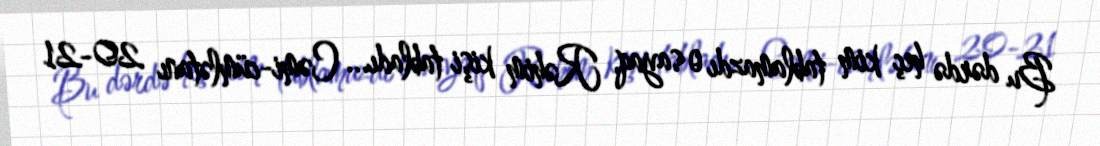
Bu dərdə heç kim tablamazdı o sayaq, Rəhim kişi tabladı... Cəmi-cümlətanı 20-21